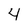
Character: 4